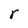
Character: r